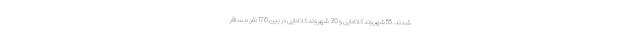
شدند. 55 شهروند کانادایی و 30 شهروند کانادایی در بین 176 نفر مسافر